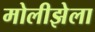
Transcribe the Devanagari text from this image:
मोलीझेला